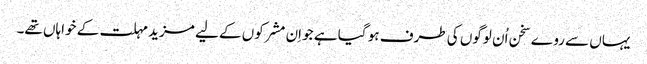
یہاں سے روے سخن اُن لوگوں کی طرف ہو گیا ہے جو اِن مشرکوں کے لیے مزید مہلت کے خواہاں تھے۔